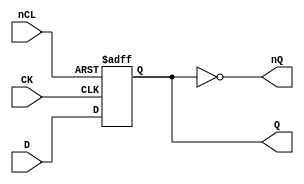
// Fujitsu AV cell
// Positive Edge Clocked Power DFF with CLEAR
// furrtek 2022

`timescale 1ns/100ps

module FDE(
	input CK,
	input D,
	input nCL,
	output reg Q,
	output nQ
);

// Same function as FDO and FDG ?

always @(posedge CK or negedge nCL) begin
	if (!nCL)
		Q <= 1'b0;	// tmax = 5.2ns
	else
		Q <= D;		// tmax = 6.3ns
end

assign nQ = ~Q;

endmodule